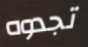
تجدوه